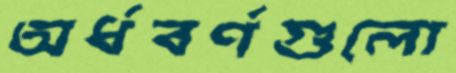
অর্ধবর্ণগুলো